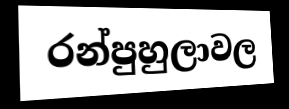
රන්පුහුලාවල